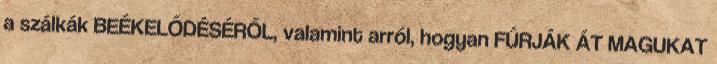
a szálkák BEÉKELŐDÉSÉRŐL, valamint arról, hogyan FÚRJÁK ÁT MAGUKAT